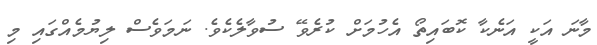
މާނަ އަކީ އަނެކާ ކޮބައިތޯ އެހުމަށް ކުރެވޭ ސުވާލެކެވެ. ނަމަވެސް ލިޔުމެއްގައި މި